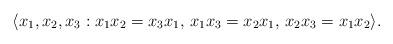
LaTeX: \begin{align*} \langle x_1,x_2,x_3:x_1x_2=x_3x_1,\,x_1x_3=x_2x_1,\,x_2x_3=x_1x_2\rangle. \end{align*}